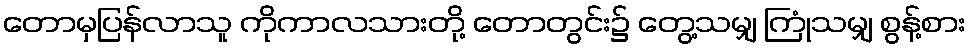
တောမှပြန်လာသူ ကိုကာလသားတို့ တောတွင်း၌ တွေ့သမျှ ကြုံသမျှ စွန့်စား